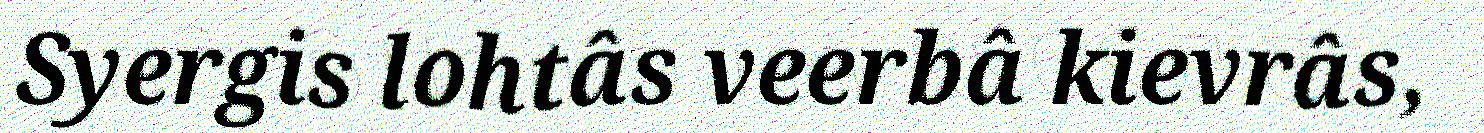
Syergis lohtâs veerbâ kievrâs,